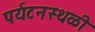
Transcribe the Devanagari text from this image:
पर्यटनस्थळी